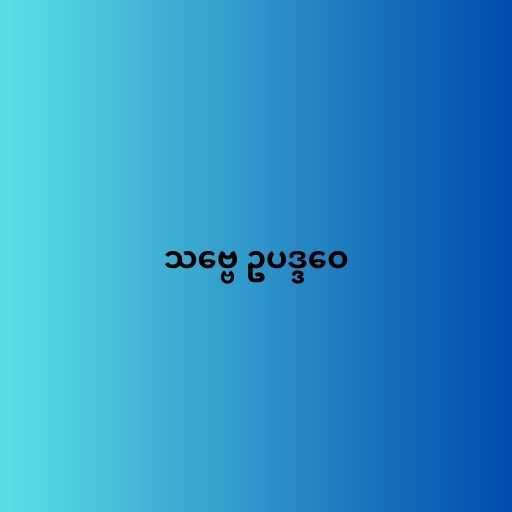
သဗ္ဗေ ဥပဒ္ဒဝေ